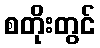
စတိုးတွင်